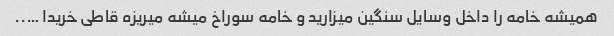
همیشه خامه را داخل وسایل سنگین میزارید و خامه سوراخ میشه میریزه قاطی خریدا …..